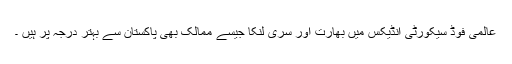
عالمی فوڈ سیکورٹی انڈیکس میں بھارت اور سری لنکا جیسے ممالک بھی پاکستان سے بہتر درجہ پر ہیں ۔